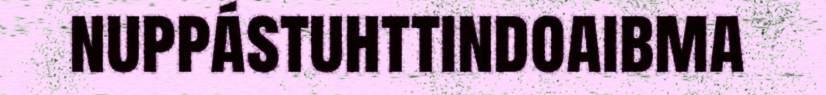
nuppástuhttindoaibma